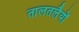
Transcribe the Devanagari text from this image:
तालतलैयों